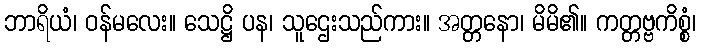
ဘာရိယံ၊ ဝန်မလေး။ သေဋ္ဌိ ပန၊ သူဌေးသည်ကား။ အတ္တနော၊ မိမိ၏။ ကတ္တဗ္ဗကိစ္စံ၊